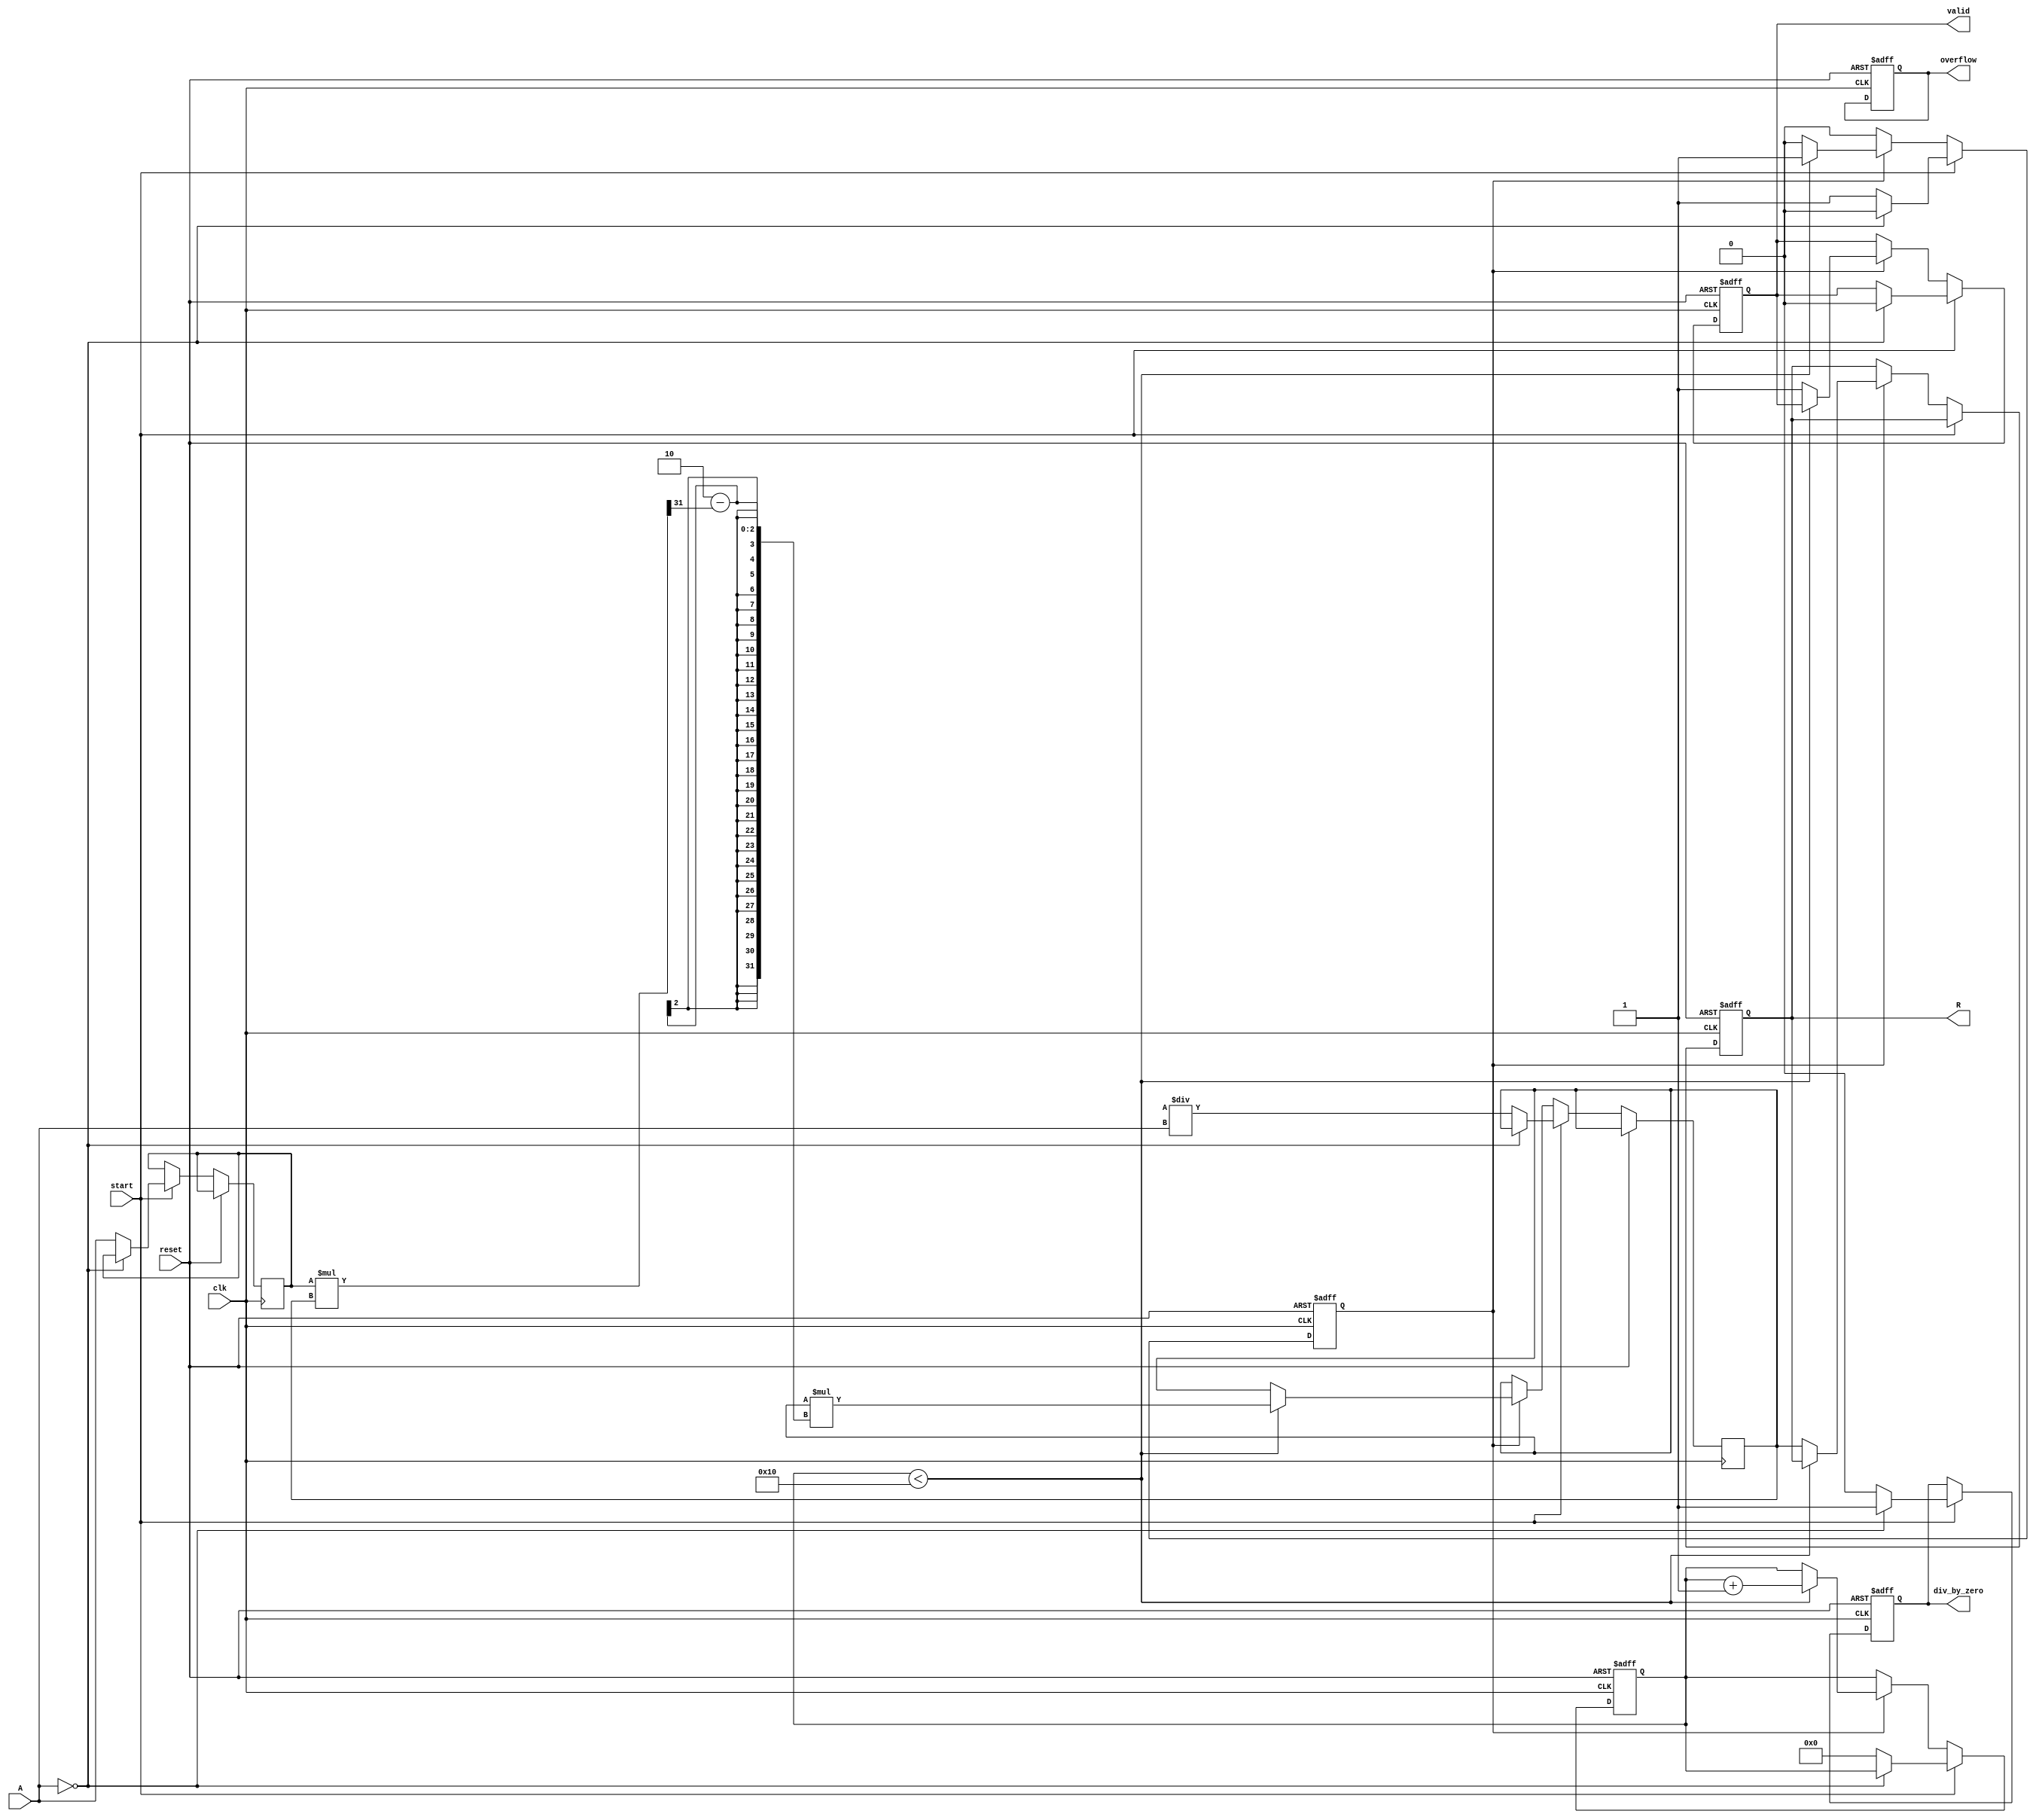
module BitwiseReciprocal #(
    parameter WIDTH_A = 16,  // Width of input A
    parameter WIDTH_R = 32   // Width of output R
)(
    input wire clk,
    input wire reset,
    input wire start,
    input wire [WIDTH_A-1:0] A,
    output reg [WIDTH_R-1:0] R,
    output reg valid,
    output reg overflow,
    output reg div_by_zero
);

    // Internal signals
    reg [WIDTH_A-1:0] input_reg;
    reg [WIDTH_R-1:0] approx;
    reg [4:0] iteration_count; // Adjust based on required precision
    reg computing;

    // Constants
    localparam MAX_ITERATIONS = 16; // Maximum number of iterations for convergence

    // State machine for control
    always @(posedge clk or posedge reset) begin
        if (reset) begin
            R <= 0;
            valid <= 0;
            overflow <= 0;
            div_by_zero <= 0;
            computing <= 0;
            iteration_count <= 0;
        end else begin
            if (start) begin
                // Check for division by zero
                if (A == 0) begin
                    div_by_zero <= 1;
                    valid <= 0;
                    computing <= 0;
                end else begin
                    div_by_zero <= 0;
                    input_reg <= A;
                    approx <= (1 << WIDTH_R) / A; // Initial approximation
                    iteration_count <= 0;
                    computing <= 1;
                end
            end else if (computing) begin
                if (iteration_count < MAX_ITERATIONS) begin
                    // Iterative refinement of the approximation
                    approx <= approx * (2 - (input_reg * approx >> (WIDTH_R - 1))); // Newton-Raphson iteration
                    iteration_count <= iteration_count + 1;
                end else begin
                    R <= approx;
                    valid <= 1;
                    computing <= 0;
                end
            end
        end
    end

endmodule